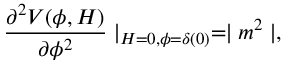
\frac { \partial ^ { 2 } V ( \phi , H ) } { \partial \phi ^ { 2 } } \mid _ { H = 0 , \phi = \delta ( 0 ) } = \mid m ^ { 2 } \mid ,